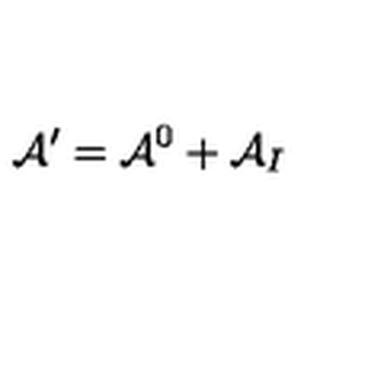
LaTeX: { \cal A } ^ { \prime } = { \cal A } ^ { 0 } + { \cal A } _ { I }